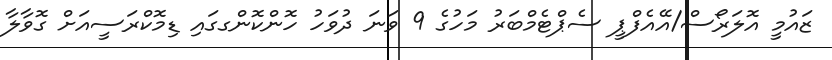
ޒައުމީ އޮލަރޯސް/އޭއެފްޕީ ސެޕްޓެމްބަރު މަހުގެ 9 ވަނަ ދުވަހު ހޮންކޮންގގައި ޑިމޮކްރަސީއަށް ގޮވާލާ